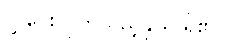
လွှဲပေးလိုက်သည့်နှယ် ရှိ၏။